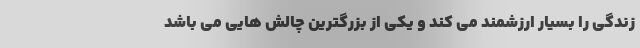
زندگی را بسیار ارزشمند می کند و یکی از بزرگترین چالش هایی می باشد